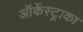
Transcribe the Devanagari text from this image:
ऑर्केस्ट्राका